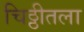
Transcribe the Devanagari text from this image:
चिठ्ठीतला